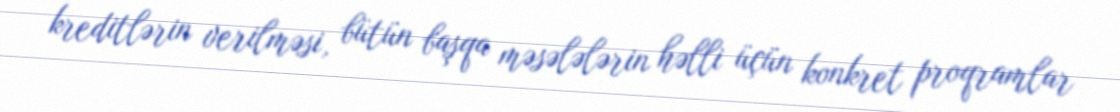
kreditlərin verilməsi, bütün başqa məsələlərin həlli üçün konkret proqramlar